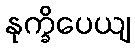
နုက္ခိပေယျ